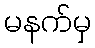
မနက်မှ